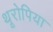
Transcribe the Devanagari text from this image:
थूरोपिया